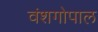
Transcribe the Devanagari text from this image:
वंशगोपाल